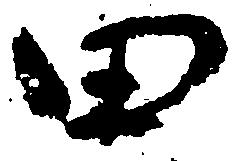
田